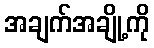
အချက်အချို့ကို